Vaccination in Bombay 1902-1912 - 1902-1912
Year: 1902
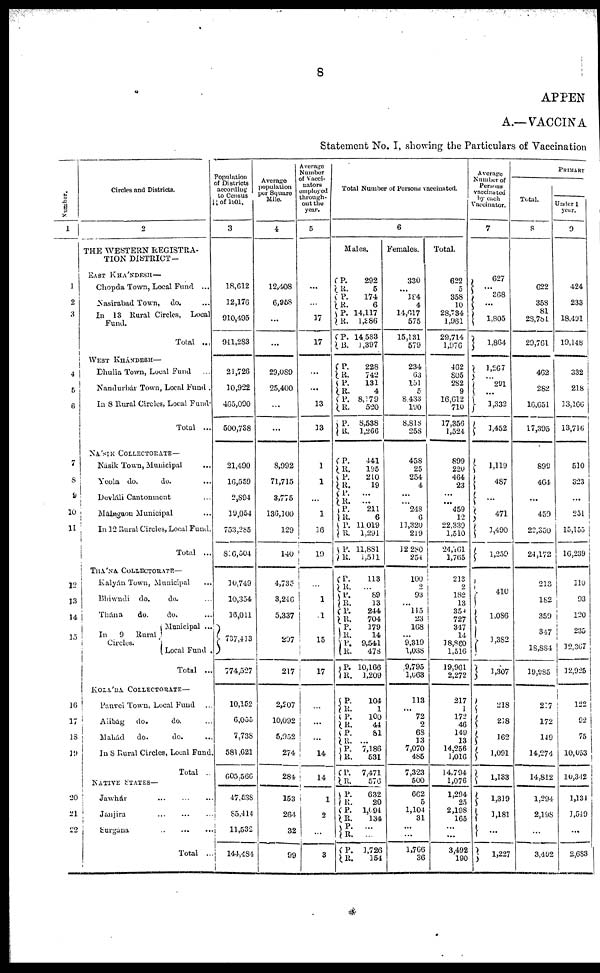
8
APPEN
A.—VACCINA
Statement No. I, showing the Particulars of Vaccination
Number.
1
1
2
3
4
5
6
7
8
9
10
11
12
13
14
15
16
17
18
19
20
21
22
Circles and Districts.
2
THE WESTERN REGISTRA-
TION DISTRICT —
EAST KHÁNDESH—
Chopda Town, Local Fund ...
Nasirabad Town, do. ...
In 13 Rural Circles, Local
Fund.
Total ...
WEST KHÁNDESH—
Dhulia Town, Local Fund ...
Nandurbár Town, Local Fund .
In 8 Rural Circles, Local Fund.
Total ...
NÁSIK COLLECTORATE—
Násik Town, Municipal ...
Yeola
do.
do. ...
Devláli Cantonment ...
Málegaon Municipal ...
In 12 Rural Circles, Local Fund.
Total ...
THÁNA COLLECTORATE—
Kalyán Town, Municipal ...
Bhiwndi do.
do. ...
Thána
do.
do. ...
In
9 Rural
Circles.
Municipal ...
Local Fund .
Total ...
KOLÁBA COLLECTORATE—
Panvel Town, Local Fund ...
Alibág do.
do. ...
Mahád
do.
do. ...
In 8 Rural Circles, Local Fund.
Total ..
NATIVE STATES—
Jawhár
... ... ...
Janjira
...
...
...
Surgána
...
...
...
Total ...
Population
of Districts
according
to Census
11 of 1901.
3
18,612
12,176
910,495
941,283
21,726
10,922
465,090
500,738
21,490
16,559
2,894
19,054
753,285
816,504
10,749
10,354
16,011
737,413
774,527
10,152
6,055
7,738
581,621
605,621
47,538
85,414
11,532
144,484
Average
population
per Square
Mile.
4
12,408
6,958
...
...
29,089
25,400
...
...
8,992
71,715
3,775
136,100
129
140
4,735
3,246
5,337
207
217
2,207
10,092
5,952
274
284
153
264
32
99
Average
Number
of Vacci¬
nators
employed
through-
out the
year.
5
...
...
17
17
...
...
13
13
1
1
...
1
16
19
...
1
1
15
17
...
...
...
14
14
1
2
...
3
Total Number of Persons vaccinated.
6
Males.
P.
R.
P.
R.
P.
R.
P.
R.
292
5
174
6
14,117
1,386
14 583
1,397
P.
R. P.
R.
P.
R.
P.
R.
228
742
131
4
8,179
520
8,538
1,266
P.
R.
P.
R.
P.
R.
P.
R. P.
R.
P.
R.
441
195
210
19
...
...
211
6
11,019
1,291
11,881
1,511
P.
R.
P.
R.
P.
R.
P.
R.
P.
R.
P.
R.
113
...
89
13
244
704
179
14
9,541
478
10,166
1,209
P.
R. P.
R.
P.
R.
P.
R.
P.
R.
104
1
100
44
81
...
7,186
531
7,471
576
P.
R.
P.
R.
P.
R.
P.
R.
632
20
1,094
134
...
...
1,726
154
Females.
330
...
184
4
14,617
575
15,131
579
234
63
151
5
8,433
190
8,818
258
458
25
254
4
...
... 248
6
11,320
219
12,280
254
100
2
93
...
115
23
168
...
9,319
1,038
9,795
1,063
113
...
72
2
68
13
7,070
485
7,323
500
662
5
1,104
31
...
...
1,766
36
Total.
622
5
358
10
28,734
1,961
29,714
1,976
462
805
282
9
16,612
710
17,356
1,524
899
220
464
23
...
...
459
12
22,339
1,510
24,161
1,765
213
2
182
13
359
727
347
14
18,860
1,516
19,961
2,272
217
1
172
46
149
13
14,256
1,016
14,794
1,076
1,294
25
2,198
165
...
...
3,492
190
Average
Number of
Persons
vaccinated
by each
Vaccinator.
7
627
... 368
...
1,805
1,864
1,267
...
291
...
1,332
1,452
1,119
487
...
471
1,490
1,259
410
1,086
1,382
1,307
218
218
162
1,091
1,133
1,319
1,181
...
1,227
PRIMARY
Total.
8
622
358
81
28,781
29,761
462
282
16,651
17,395
899
464
...
459
22,350
24,172
213
182
359
347
18,884
19,985
217
172
149
14,274
14,812
1,294
2,198
...
3,492
Under 1
year.
9
424
233
18,491
19,148
332
218
13,166
13,716
510
323
...
251
15,155
16,239
110
93
120
235
12,367
12,925
122
92
75
10,053
10,342
1,134
1,549
...
2,683